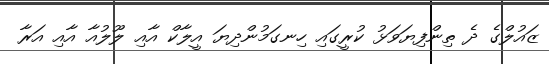
ޒައުލްގެ ދެ ތިންފިޔަވަޅު ކުރީގައި ހިނގަމުންދިޔަ އީލާކް އާއި ލޫލުއާ އާއި އަރާ